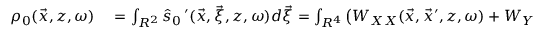
\begin{array} { r l } { \rho _ { 0 } ( \vec { x } , z , \omega ) } & { { } = \int _ { R ^ { 2 } } \widehat { s } _ { 0 } \, ^ { \prime } ( \vec { x } , \vec { \xi } , z , \omega ) d \vec { \xi } = \int _ { R ^ { 4 } } \left( W _ { X X } ( \vec { x } , \vec { x } ^ { \prime } , z , \omega ) + W _ { Y Y } ( \vec { x } , \vec { x } ^ { \prime } , z , \omega ) \right) e ^ { - i \vec { \xi } \cdot \vec { x } ^ { \prime } } d \vec { x } \, ^ { \prime } d \vec { \xi } } \end{array}